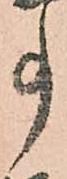
事